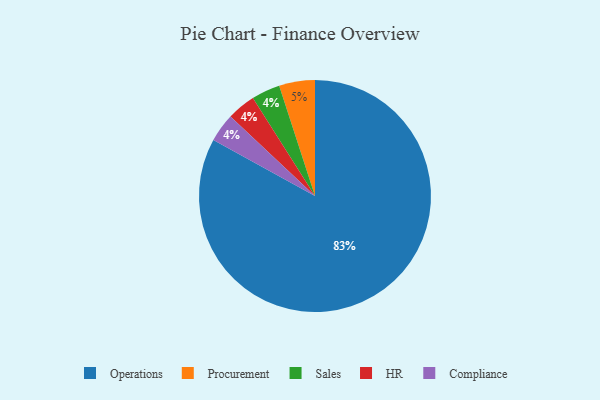
{"axis": {"x": "Category", "y": "Percentage"}, "legend": ["Compliance", "HR", "Operations", "Procurement", "Sales"], "data": [{"x": "Procurement", "y": 5, "type": "Procurement"}, {"x": "Sales", "y": 4, "type": "Sales"}, {"x": "HR", "y": 4, "type": "HR"}, {"x": "Compliance", "y": 4, "type": "Compliance"}, {"x": "Operations", "y": 83, "type": "Operations"}]}